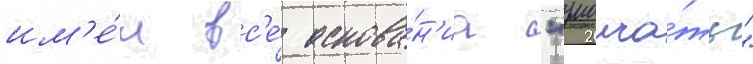
им'е́л вс'е́ основа́н'иа "умолча́ть"